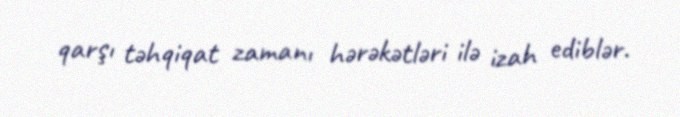
qarşı təhqiqat zamanı hərəkətləri ilə izah ediblər.